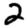
Digit: 2